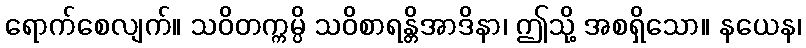
ရောက်စေလျက်။ သဝိတက္ကမ္ပိ သဝိစာရန္တိအာဒိနာ၊ ဤသို့ အစရှိသော။ နယေန၊